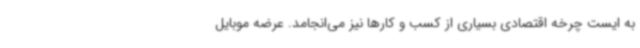
به ایست چرخه اقتصادی بسیاری از کسب و کارها نیز می‌انجامد. عرضه موبایل